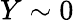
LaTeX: Y\sim 0